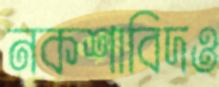
নকশাবিদও